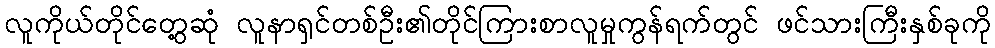
လူကိုယ်တိုင်တွေ့ဆုံ လူနာရှင်တစ်ဦး၏တိုင်ကြားစာလူမှုကွန်ရက်တွင် ဖင်သားကြီးနှစ်ခုကို